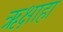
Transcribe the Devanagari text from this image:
ऋक्षाहा